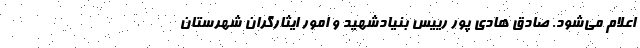
اعلام می‌شود. صادق هادی پور رییس بنیادشهید و امور ایثارگران شهرستان